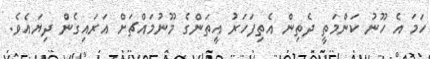
ހަމަ އެ ހޫނު ކަންމަތީ ދެތިން އެތިފަހަރު އީތަންގެ މޫނުމައްޗަށް އަރައިގެން ދިޔައެވެ.